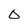
Character: 0